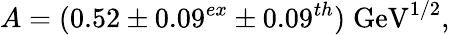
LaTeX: A=(0.52\pm 0.09^{ex}\pm 0.09^{th})\; \mathrm{GeV}^{1/2},